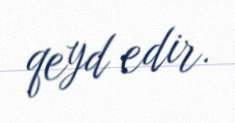
qeyd edir.